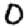
Digit: 0